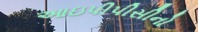
આઇપીપીસીનો